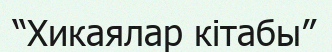
“Хикаялар кітабы”